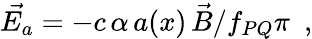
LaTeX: \vec{E_{a}}=-c\, \alpha\, a(x)\, \vec{B}/f_{PQ}\pi\, \, \, ,